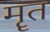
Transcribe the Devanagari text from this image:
मॄत